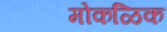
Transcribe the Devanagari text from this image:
मोकळिक